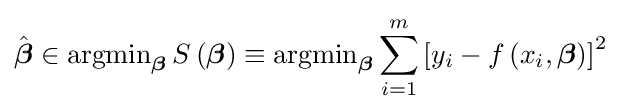
{\hat {\boldsymbol {\beta }}}\in \operatorname {argmin} \limits _{\boldsymbol {\beta }}S\left({\boldsymbol {\beta }}\right)\equiv \operatorname {argmin} \limits _{\boldsymbol {\beta }}\sum _{i=1}^{m}\left[y_{i}-f\left(x_{i},{\boldsymbol {\beta }}\right)\right]^{2}